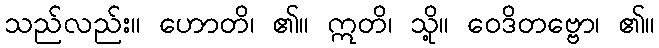
သည်လည်း။ ဟောတိ၊ ၏။ ဣတိ၊ သို့။ ဝေဒိတဗ္ဗော၊ ၏။